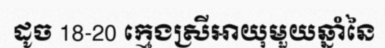
ដូច 18-20 ក្មេងស្រីអាយុមួយឆ្នាំនៃ